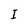
Character: I